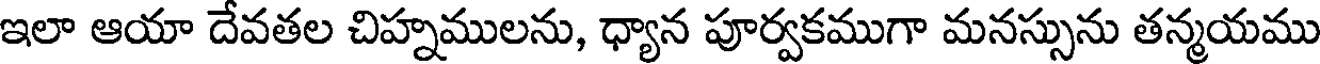
ఇలా ఆయా దేవతల చిహ్నములను, ధ్యాన పూర్వకముగా మనస్సును తన్మయము